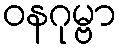
ဝနဂုမ္ဗာ